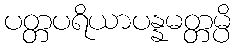
ပတ္တပရိယာပန္နမတ္တမ္ပိ